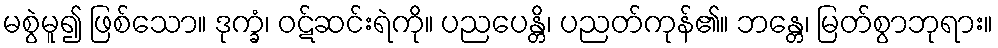
မစွဲမူ၍ ဖြစ်သော။ ဒုက္ခံ၊ ဝဋ်ဆင်းရဲကို။ ပညပေန္တိ၊ ပညတ်ကုန်၏။ ဘန္တေ၊ မြတ်စွာဘုရား။